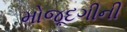
મોજૂદગીની